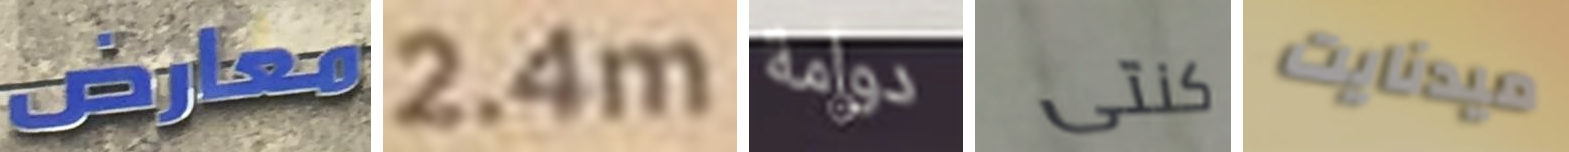
معارض 2.4m دوامة كنتى ميدنايت